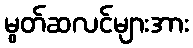
မွတ်ဆလင်များအား